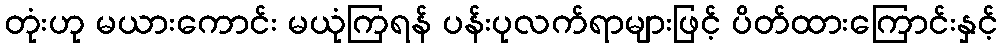
တုံးဟု မယားကောင်း မယုံကြရန် ပန်းပုလက်ရာများဖြင့် ပိတ်ထားကြောင်းနှင့်